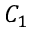
C _ { 1 }